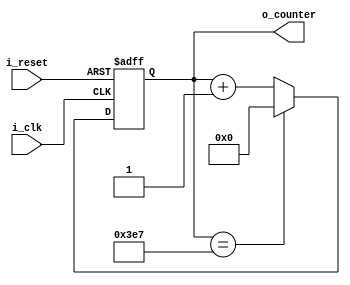
`timescale 1ns / 1ps

module Counter_Fan(
    input i_clk,
    input i_reset,
    output [9:0] o_counter
    );

    reg [9:0] r_counter = 0;
    assign o_counter = r_counter;

    always @(posedge i_clk or posedge i_reset) begin
        if(i_reset) begin
            r_counter <= 0;
        end
        else begin
            if(r_counter == 999) begin
                r_counter <= 0;
            end
            else begin
                r_counter <= r_counter + 1;
            end
        end
    end
endmodule